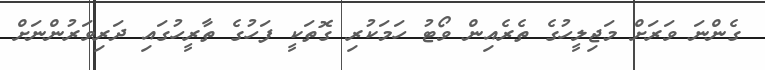
ގެންނަ ވަރަށް މަޖިލީހުގެ ތެރެއިން ވޯޓު ހަމަކުރި ގޮތަކީ ފަހުގެ ތާރީހުގައި ދަރިވަރުންނަށް